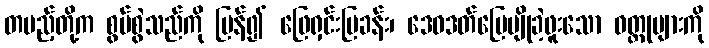
တပည့်တို့က စွပ်စွဲသည်ကို ပြန်၍ ဖြေရှင်းပြခန်း၊ ဒေဝဒတ်မြေမျိုခဲ့ဖူးသော ဝတ္ထုများကို